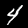
Digit: 4